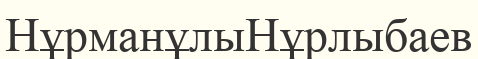
НұрманұлыНұрлыбаев